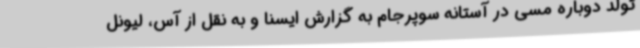
تولد دوباره مسی در آستانه سوپرجام به گزارش ایسنا و به نقل از آس، لیونل